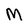
Character: M